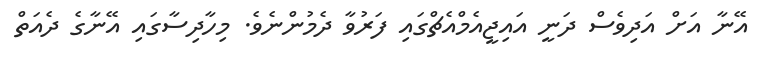
އޭނާ އަށް އަދިވެސް ދަނީ އައިޖީއެމްއެޗްގައި ފަރުވާ ދެމުންނެވެ. މިހާދިސާގައި އޭނާގެ ދެއަތް